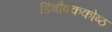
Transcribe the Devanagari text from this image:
डिंबौषककोष्ठ